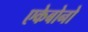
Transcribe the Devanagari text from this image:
एकेबोनो